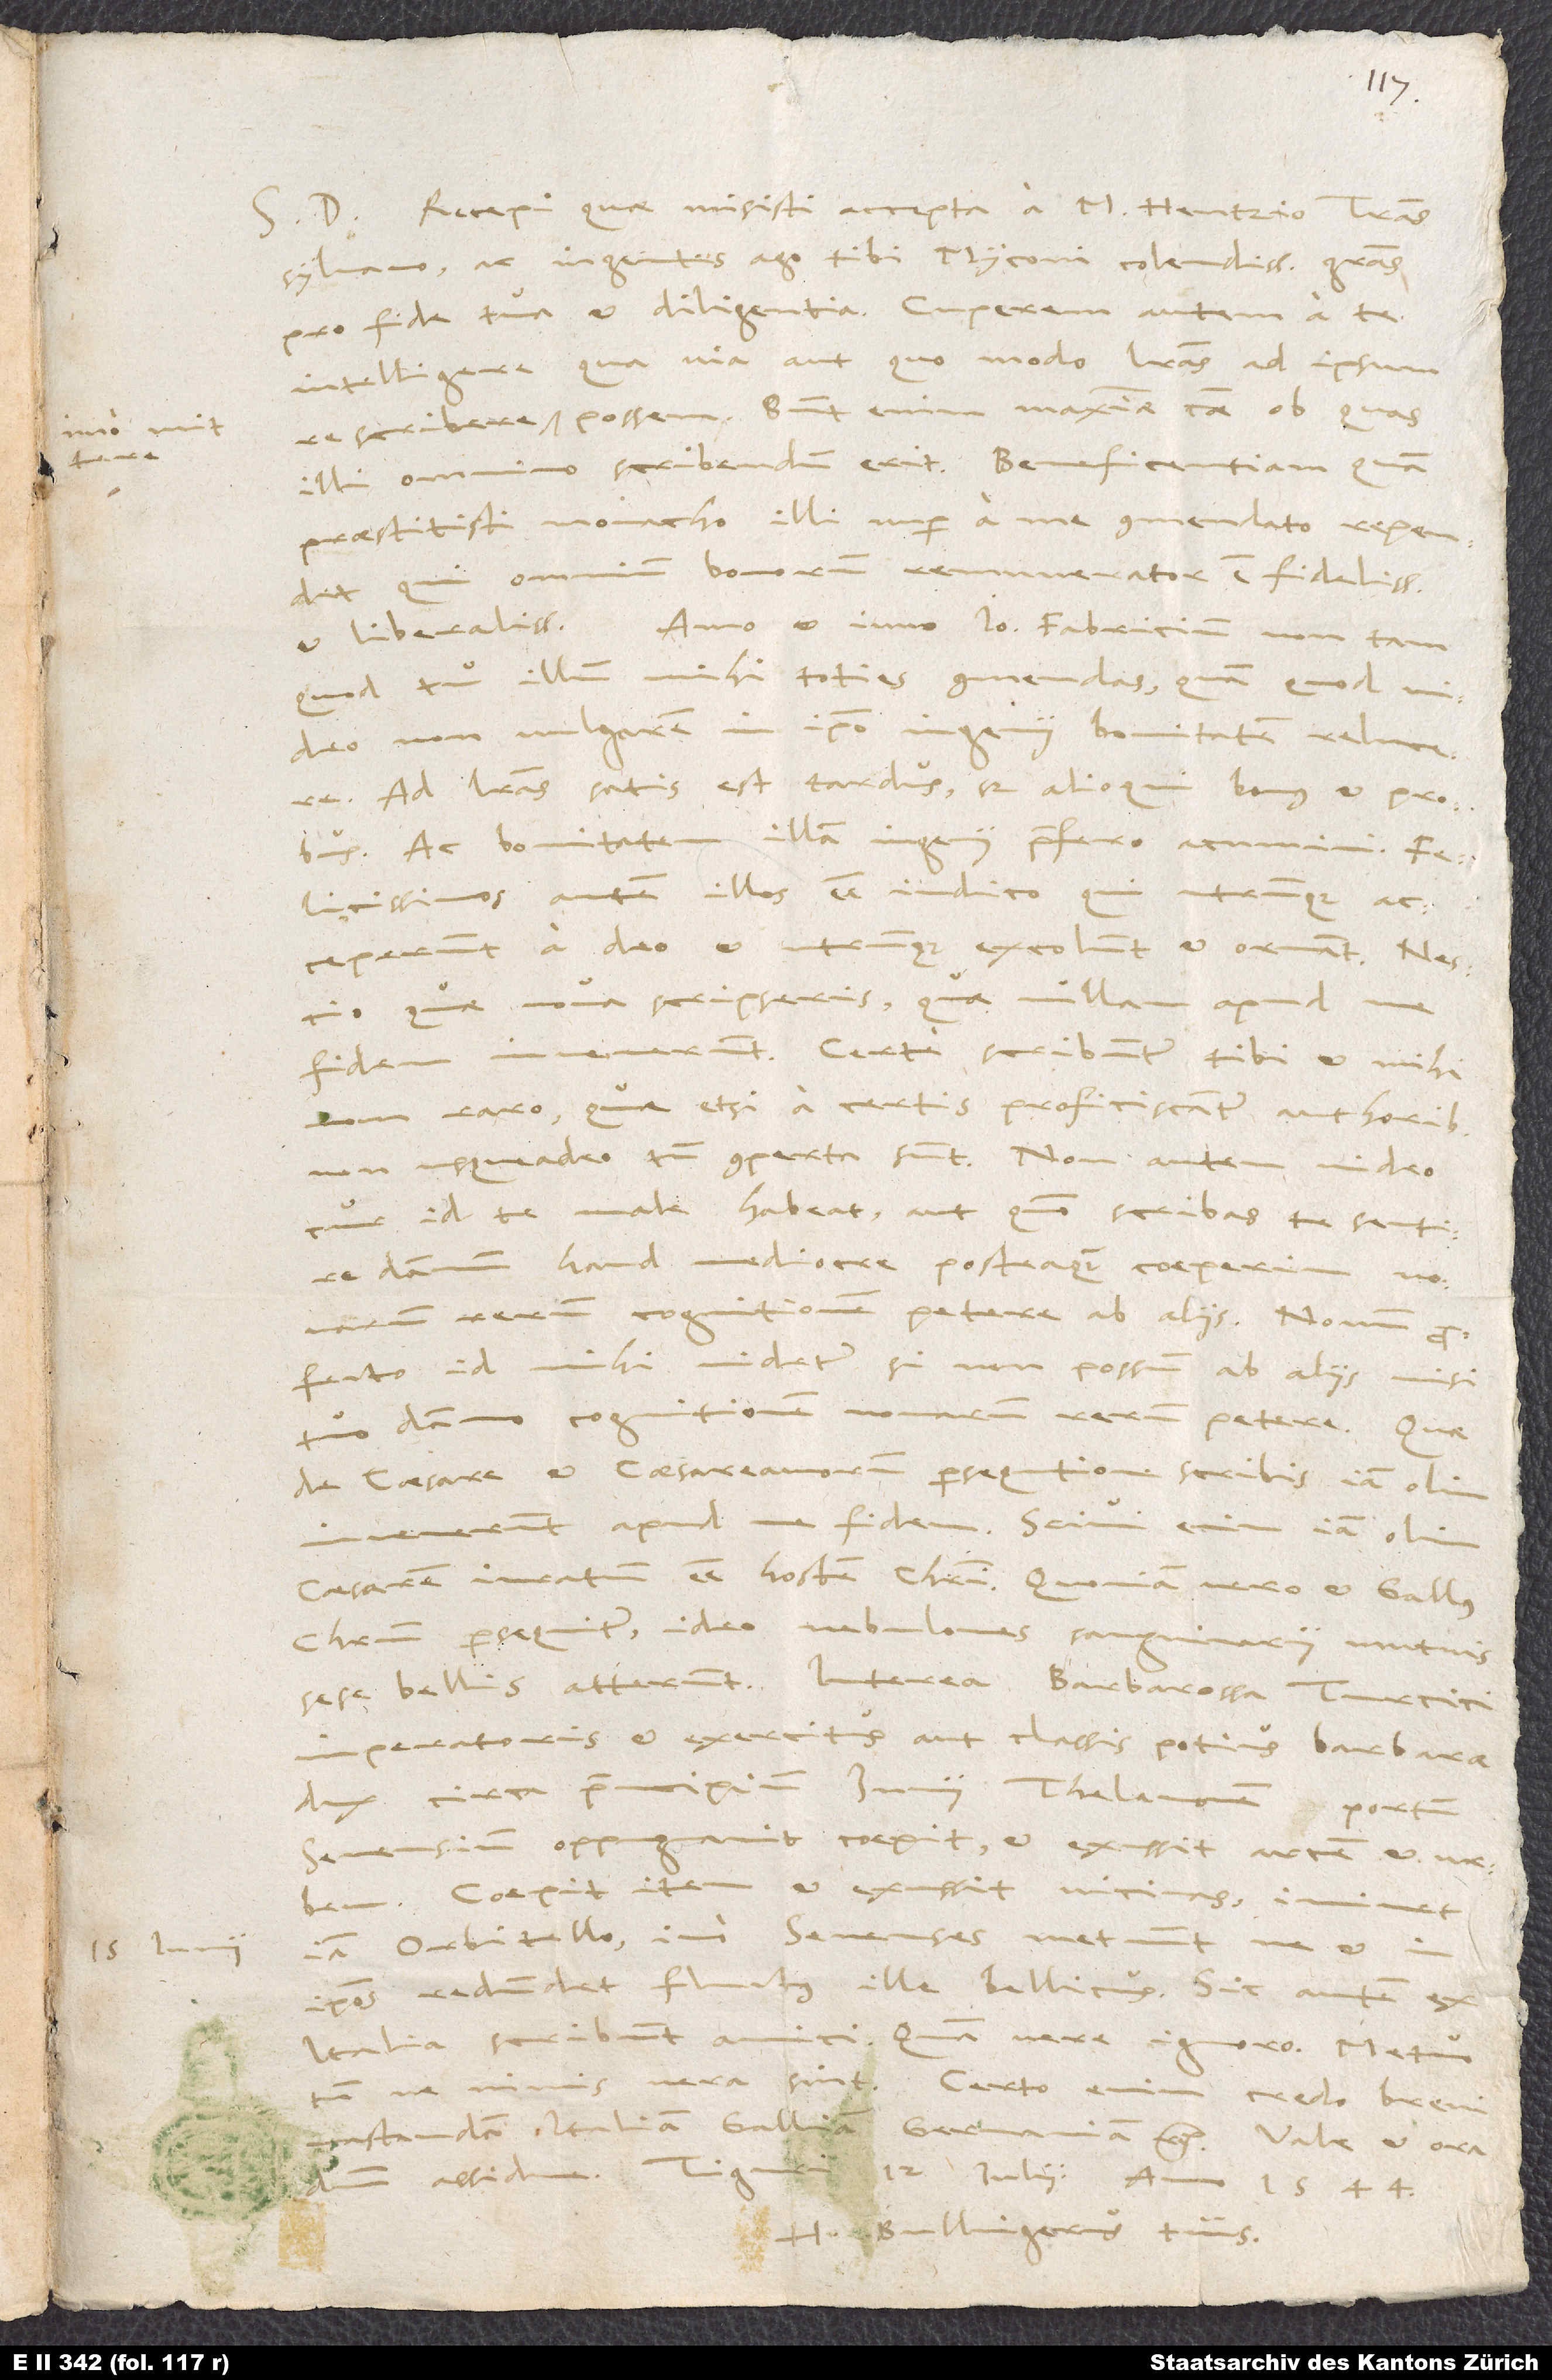
Recepi, quae misisti accepta a M. Hentzio Transsylvano,
ac ingentes ago tibi, Myconi colendissime, gratias
pro fide tua et diligentia. Cuperem autem a te
intelligere, qua via aut quo modo literas ad ipsum
rescribere, imo mittere possem. Sunt enim maximae causae, ob quas
praestitisti monacho illi nuper a me commendato, rependet,
qui omnium bonorum remunerator est fidelissimus
et liberalissimus. Amo et iuvo Ioannem Fabricium non tam,
quod tu illum mihi toties commendas, quam quod video
non vulgarem in ipso ingenii bonitatem relucere.
Ad literas satis est tardus, sed alioqui bonus et probus,
ac bonitatem illam ingenii praefero acumini.
Felicissimos autem illos esse iudico, qui utrumque
acceperunt a deo et utrumque excolunt et ornant.
quae nova scripseris, quae nullam apud me
invenerunt. Certe scribuntur tibi et mihi
fidem
non raro, quae, etsi a certis proficiscantur authoribus,
non usqueadeo tamen comperta sunt. Non autem video,
cur id te male habeat aut quomodo scribas te sentire
damnum haud mediocre, posteaquam coeperim novarum
rerum cognitionem petere ab aliis. Novum
profecto id mihi videtur, si non possum ab aliis nisi
tuo damno cognitionem novarum rerum petere.
de caesare et caesareanorum persequtione scribis, iam olim
invenerunt apud me fidem. Scivi enim iam olim
caesarem iuratum esse hostem Christi. Quoniam vero et Gallus
Christum persequitur, ideo nebulones sanguinarii mutuis
sese bellis atterunt. Interea Barbarossa, Turcici
imperatoris et exercitus aut classis potius barbarae
dux, circa principium iunii Thelamonem, portum
Senensium, oppugnavit, coepit et exussit arcem et urbem.
Coepit item et exussit vicinas; imminet
iam Orbitello, imo Senenses metuunt, ne et in
ipsos redundet fluctus ille bellicus. Sic autem ex
Italia scribunt amici; quam vere, ignoro. Metuo
ne nimis vera sint. Certo enim credo brevi
H. Bullingerus tuus.